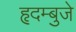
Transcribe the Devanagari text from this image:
हृदम्बुजे